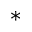
^ *